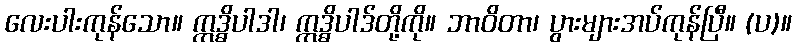
လေးပါးကုန်သော။ ဣဒ္ဓိပါဒါ၊ ဣဒ္ဓိပါဒ်တို့ကို။ ဘာဝိတာ၊ ပွားများအပ်ကုန်ပြီ။ (ပ)။